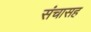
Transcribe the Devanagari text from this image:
संचासह